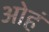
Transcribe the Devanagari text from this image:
ओहं